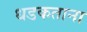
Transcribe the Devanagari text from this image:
धडकताना